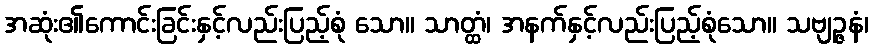
အဆုံး၏ကောင်းခြင်းနှင့်လည်းပြည့်စုံ သော။ သာတ္ထံ၊ အနက်နှင့်လည်းပြည့်စုံသော။ သဗျဉ္ဇနံ၊